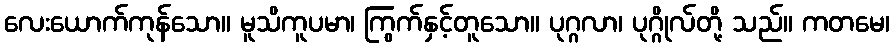
လေးယောက်ကုန်သော။ မူသိကူပမာ၊ ကြွက်နှင့်တူသော။ ပုဂ္ဂလာ၊ ပုဂ္ဂိုလ်တို့ သည်။ ကတမေ၊